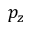
p _ { z }